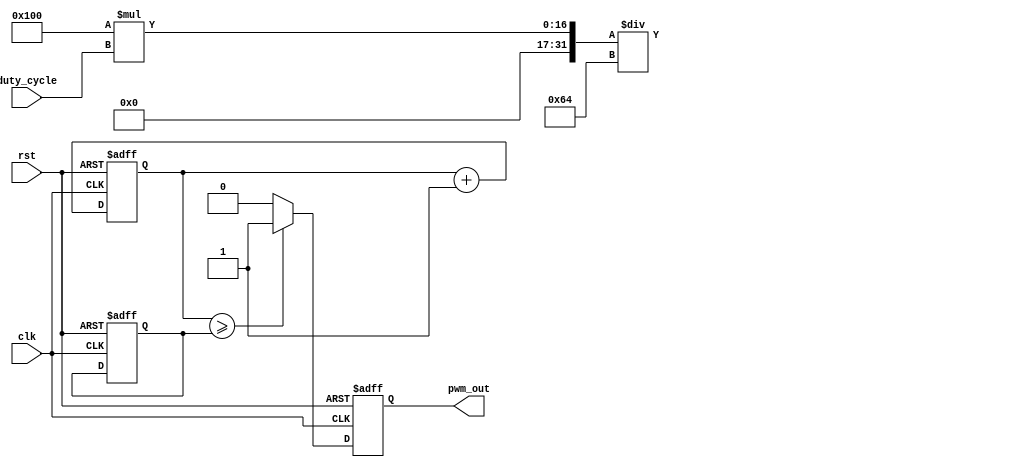
module pwm_pulse_generator(
    input wire clk,
    input wire rst,
    input wire [7:0] duty_cycle,
    output reg pwm_out
);

reg [15:0] counter;
reg [7:0] threshold;

always @(posedge clk or posedge rst) begin
    if (rst) begin
        counter <= 0;
        threshold <= 0;
        pwm_out <= 0;
    end else begin
        counter <= counter + 1;
        if (counter >= threshold) begin
            pwm_out <= 1;
        end else begin
            pwm_out <= 0;
        end
    end
end

always @(*) begin
    threshold = 256 * duty_cycle / 100;
end

endmodule